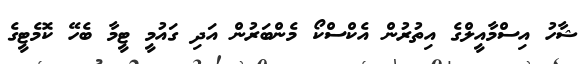
ޝާހު އިސްމާއީލްގެ އިތުރުން އެކްސްކޯ މެންބަރުން އަދި ގައުމީ ޓީމާ ބެހޭ ކޮމެޓީގެ